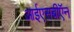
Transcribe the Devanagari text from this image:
आईएसबीऍन